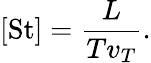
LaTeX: [\mathrm{St}]=\frac{L}{Tv_{T}}.